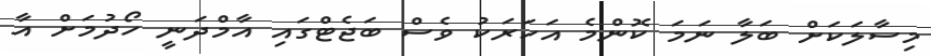
މިސާލަކަށް ބަލާ ނަމަ ކޮންމެ އަހަރަކު ވެސް ބަޖެޓްގައި އާމްދަނީ ހޯދުމަށް އާ